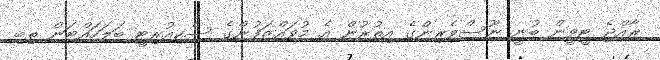
ރާއްޖެ ޓީވީން ބުނީ ނޫސްވެރިންގެ އިތުރުން އެ މުވައްޒަފުންގެ ސެކިއުރިޓީ ބަލަހައްޓަން ތިބި